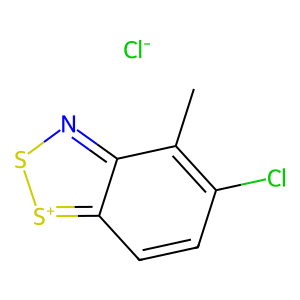
SMILES: Cc1c(Cl)ccc2[s+]snc12.[Cl-]
Inhibits HIV replication: No